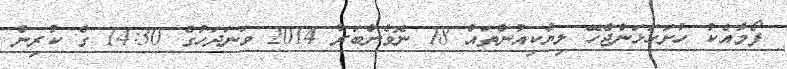
ފޯމާއެކު ހުށަހަޅަންޖެހޭ ލިޔެކިއުންތައް 18 ނޮވެންބަރު 2014 ވަނަދަހުގެ 14:30 ގެ ކުރިން